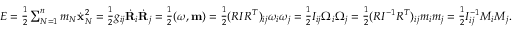
\begin{array} { r } { E = \frac 1 2 \sum _ { N = 1 } ^ { n } m _ { N } \dot { \bf x } _ { N } ^ { 2 } = \frac 1 2 g _ { i j } \dot { \bf R } _ { i } \dot { \bf R } _ { j } = \frac 1 2 ( { \boldsymbol \omega } , { \bf m } ) = \frac 1 2 ( R I R ^ { T } ) _ { i j } \omega _ { i } \omega _ { j } = \frac 1 2 I _ { i j } \Omega _ { i } \Omega _ { j } = \frac 1 2 ( R I ^ { - 1 } R ^ { T } ) _ { i j } m _ { i } m _ { j } = \frac 1 2 I _ { i j } ^ { - 1 } M _ { i } M _ { j } . } \end{array}